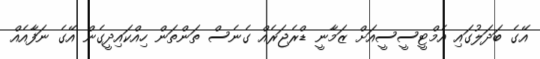
އޭގެ ބަދަލުގައި އެމްޓީސީސީއަށް ޒަމާނީ ޑްރެޖަރެއް ގެނެސް ތަންތަން ހިއްކައިދީގެން އޭގެ ނަފާއެއް